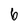
Character: 6